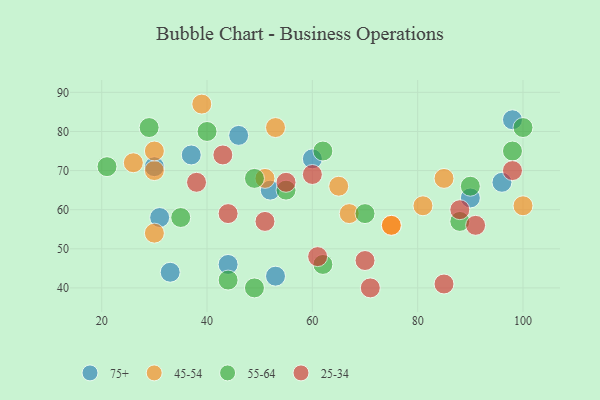
{"axis": {"x": "GDP", "y": "Life Expectancy"}, "legend": ["25-34", "45-54", "55-64", "75+"], "data": [{"x": "33", "y": 44, "type": "75+"}, {"x": "30", "y": 71, "type": "75+"}, {"x": "37", "y": 74, "type": "75+"}, {"x": "46", "y": 79, "type": "75+"}, {"x": "90", "y": 63, "type": "75+"}, {"x": "31", "y": 58, "type": "75+"}, {"x": "44", "y": 46, "type": "75+"}, {"x": "53", "y": 43, "type": "75+"}, {"x": "60", "y": 73, "type": "75+"}, {"x": "52", "y": 65, "type": "75+"}, {"x": "96", "y": 67, "type": "75+"}, {"x": "98", "y": 83, "type": "75+"}, {"x": "39", "y": 87, "type": "45-54"}, {"x": "30", "y": 70, "type": "45-54"}, {"x": "75", "y": 56, "type": "45-54"}, {"x": "85", "y": 68, "type": "45-54"}, {"x": "75", "y": 56, "type": "45-54"}, {"x": "26", "y": 72, "type": "45-54"}, {"x": "53", "y": 81, "type": "45-54"}, {"x": "30", "y": 75, "type": "45-54"}, {"x": "65", "y": 66, "type": "45-54"}, {"x": "67", "y": 59, "type": "45-54"}, {"x": "30", "y": 54, "type": "45-54"}, {"x": "81", "y": 61, "type": "45-54"}, {"x": "51", "y": 68, "type": "45-54"}, {"x": "100", "y": 61, "type": "45-54"}, {"x": "49", "y": 40, "type": "55-64"}, {"x": "40", "y": 80, "type": "55-64"}, {"x": "55", "y": 65, "type": "55-64"}, {"x": "70", "y": 59, "type": "55-64"}, {"x": "35", "y": 58, "type": "55-64"}, {"x": "29", "y": 81, "type": "55-64"}, {"x": "98", "y": 75, "type": "55-64"}, {"x": "21", "y": 71, "type": "55-64"}, {"x": "62", "y": 75, "type": "55-64"}, {"x": "90", "y": 66, "type": "55-64"}, {"x": "62", "y": 46, "type": "55-64"}, {"x": "49", "y": 68, "type": "55-64"}, {"x": "100", "y": 81, "type": "55-64"}, {"x": "44", "y": 42, "type": "55-64"}, {"x": "88", "y": 57, "type": "55-64"}, {"x": "61", "y": 48, "type": "25-34"}, {"x": "91", "y": 56, "type": "25-34"}, {"x": "38", "y": 67, "type": "25-34"}, {"x": "44", "y": 59, "type": "25-34"}, {"x": "85", "y": 41, "type": "25-34"}, {"x": "98", "y": 70, "type": "25-34"}, {"x": "51", "y": 57, "type": "25-34"}, {"x": "43", "y": 74, "type": "25-34"}, {"x": "60", "y": 69, "type": "25-34"}, {"x": "70", "y": 47, "type": "25-34"}, {"x": "55", "y": 67, "type": "25-34"}, {"x": "88", "y": 60, "type": "25-34"}, {"x": "71", "y": 40, "type": "25-34"}]}